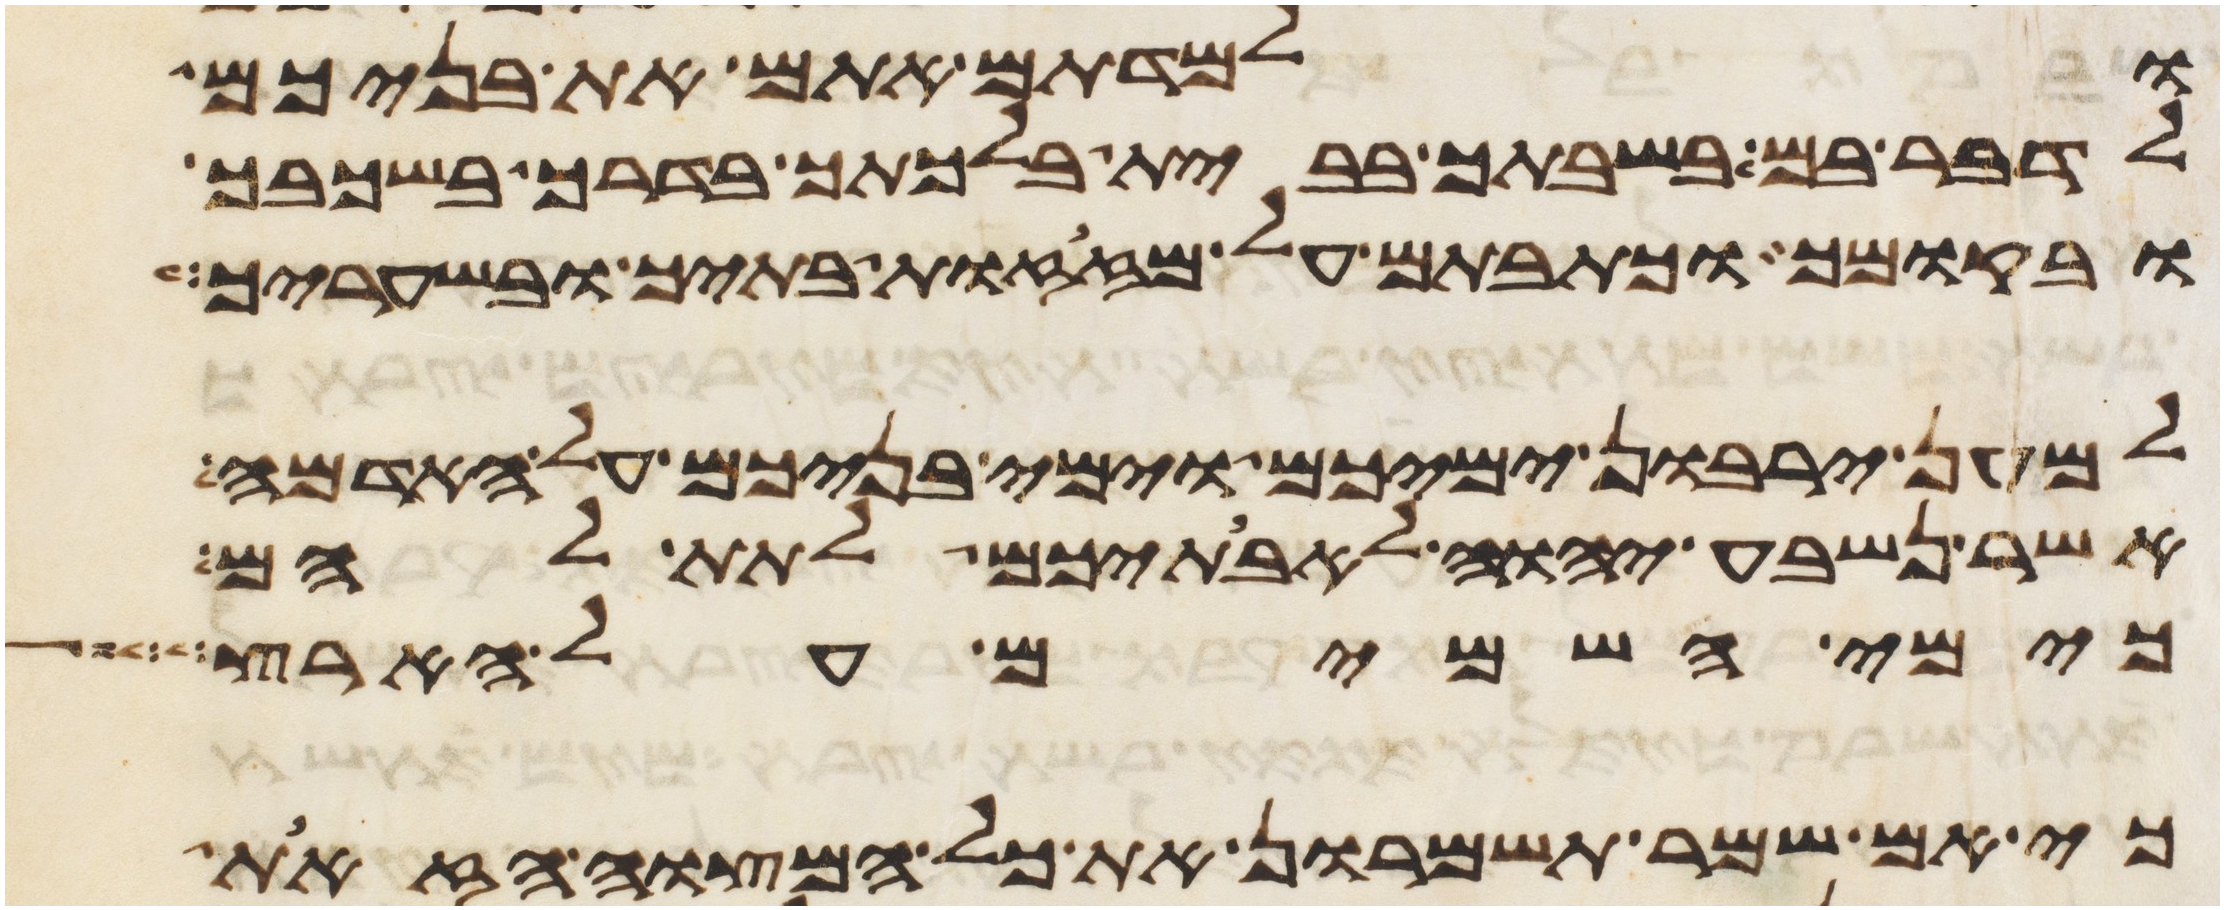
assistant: ולמדתם אתם את בניכם
לדבר בם בשבתך בבית בלכתך בדרך בשכבך
ובקומך וכתבתם על מזזות בתיך ובשעריך
למען ירבון ימיכם וימי בניכם על האדמה
אשר נשבע יהוה לאבתיכם לתת להם
כימי השמים על הארץ
כי אם שמר תשמרון את כל המצוה הזאת